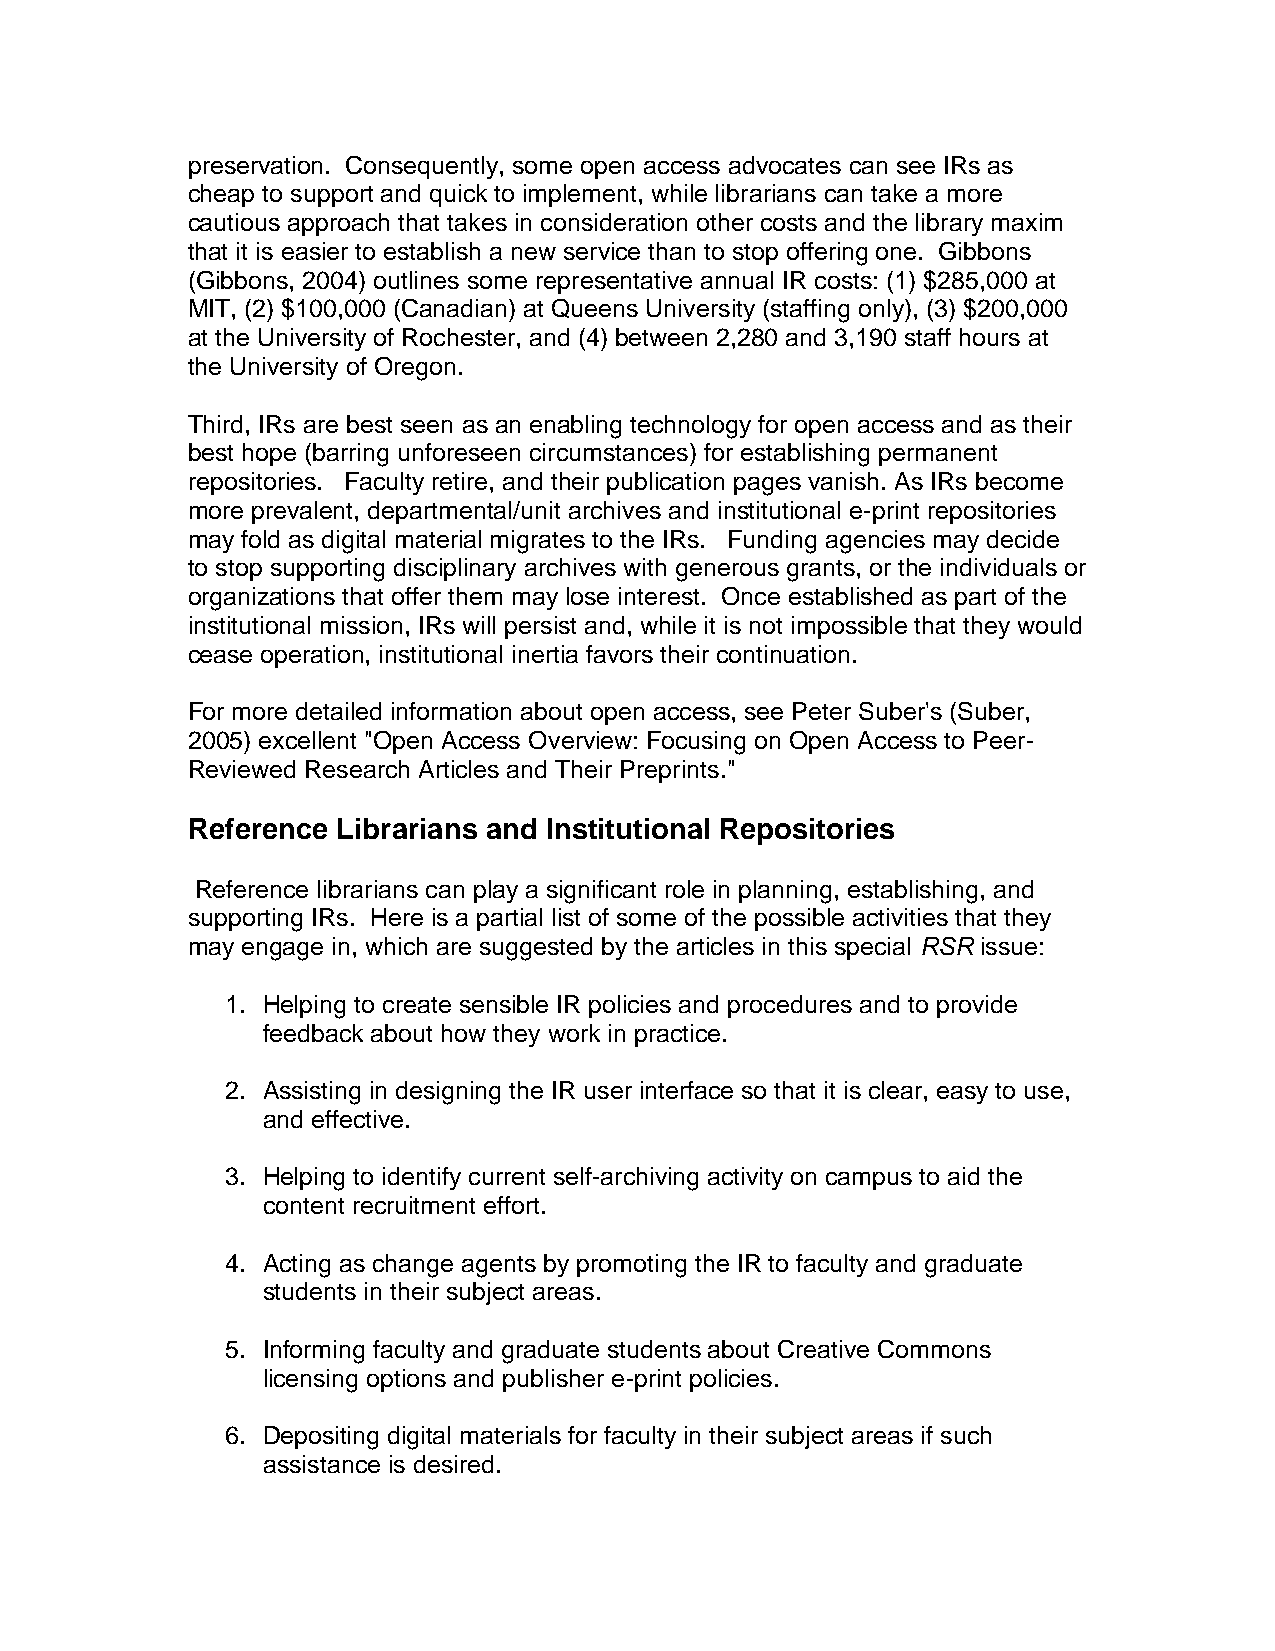
preservation. Consequently, some open access advocates can see IRs as
 cheap to support and quick to implement, while librarians can take a more
 cautious approach that takes in consideration other costs and the library maxim
 that it is easier to establish a new service than to stop offering one. Gibbons
 (Gibbons, 2004) outlines some representative annual IR costs: (1) $285,000 at
 MIT, (2) $100,000 (Canadian) at Queens University (staffing only), (3) $200,000
 at the University of Rochester, and (4) between 2,280 and 3,190 staff hours at
 the University of Oregon.
 Third, IRs are best seen as an enabling technology for open access and as their
 best hope (barring unforeseen circumstances) for establishing permanent
 repositories. Faculty retire, and their publication pages vanish. As IRs become
 more prevalent, departmental/unit archives and institutional e-print repositories
 may fold as digital material migrates to the IRs. Funding agencies may decide
 to stop supporting disciplinary archives with generous grants, or the individuals or
 organizations that offer them may lose interest. Once established as part of the
 institutional mission, IRs will persist and, while it is not impossible that they would
 cease operation, institutional inertia favors their continuation.
 For more detailed information about open access, see Peter Suber's (Suber,
 2005) excellent "Open Access Overview: Focusing on Open Access to Peer-
 Reviewed Research Articles and Their Preprints."
 Reference Librarians and Institutional Repositories
 Reference librarians can play a significant role in planning, establishing, and
 supporting IRs. Here is a partial list of some of the possible activities that they
 may engage in, which are suggested by the articles in this special RSR issue:
 1. Helping to create sensible IR policies and procedures and to provide
 feedback about how they work in practice.
 2. Assisting in designing the IR user interface so that it is clear, easy to use,
 and effective.
 3. Helping to identify current self-archiving activity on campus to aid the
 content recruitment effort.
 4. Acting as change agents by promoting the IR to faculty and graduate
 students in their subject areas.
 5. Informing faculty and graduate students about Creative Commons
 licensing options and publisher e-print policies.
 6. Depositing digital materials for faculty in their subject areas if such
 assistance is desired.